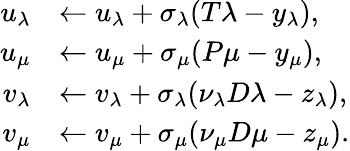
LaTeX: \begin{array}{rl}{u_{\lambda}}&{\leftarrow u_{\lambda}+\sigma_{\lambda}(T\lambda-y_{\lambda}),}\\ {u_{\mu}}&{\leftarrow u_{\mu}+\sigma_{\mu}(P\mu-y_{\mu}),}\\ {v_{\lambda}}&{\leftarrow v_{\lambda}+\sigma_{\lambda}(\nu_{\lambda}D\lambda-z_{\lambda}),}\\ {v_{\mu}}&{\leftarrow v_{\mu}+\sigma_{\mu}(\nu_{\mu}D\mu-z_{\mu}).}\end{array}